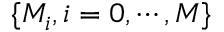
\{ M _ { i } , i = 0 , \cdots , M \}